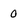
Character: 0